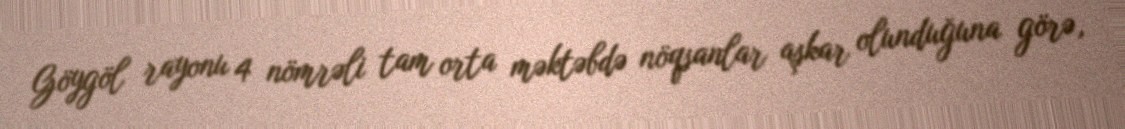
Göygöl rayonu 4 nömrəli tam orta məktəbdə nöqsanlar aşkar olunduğuna görə,